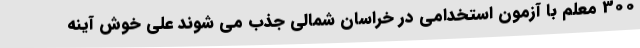
300 معلم با آزمون استخدامی در خراسان شمالی جذب می شوند علی خوش آینه